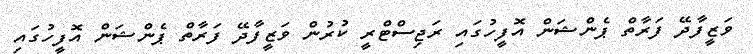
ވަޒީފާދޭ ފަރާތް ޕެންޝަން އޮފީހުގައި ރަޖިސްޓްރީ ކުރުން ވަޒީފާދޭ ފަރާތް ޕެންޝަން އޮފީހުގައި